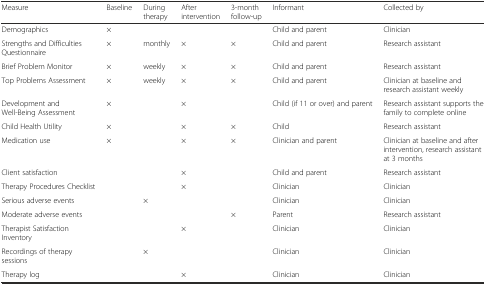
<table><thead><tr><td><b>Measure</b></td><td><b>Baseline</b></td><td><b>During therapy</b></td><td><b>After intervention</b></td><td><b>3-month follow-up</b></td><td><b>Informant</b></td><td><b>Collected by</b></td></tr></thead><tbody><tr><td>Demographics</td><td>×</td><td></td><td></td><td></td><td>Child and parent</td><td>Clinician</td></tr><tr><td>Strengths and Difficulties Questionnaire</td><td>×</td><td>monthly</td><td>×</td><td>×</td><td>Child and parent</td><td>Research assistant</td></tr><tr><td>Brief Problem Monitor</td><td>×</td><td>weekly</td><td>×</td><td>×</td><td>Child and parent</td><td>Research assistant</td></tr><tr><td>Top Problems Assessment</td><td>×</td><td>weekly</td><td>×</td><td>×</td><td>Child and parent</td><td>Clinician at baseline and research assistant weekly</td></tr><tr><td>Development and Well-Being Assessment</td><td>×</td><td></td><td>×</td><td></td><td>Child (if 11 or over) and parent</td><td>Research assistant supports the family to complete online</td></tr><tr><td>Child Health Utility</td><td>×</td><td></td><td>×</td><td>×</td><td>Child</td><td>Research assistant</td></tr><tr><td>Medication use</td><td>×</td><td></td><td>×</td><td>×</td><td>Clinician and parent</td><td>Clinician at baseline and after intervention, research assistant at 3 months</td></tr><tr><td>Client satisfaction</td><td></td><td></td><td>×</td><td></td><td>Child and parent</td><td>Research assistant</td></tr><tr><td>Therapy Procedures Checklist</td><td></td><td></td><td>×</td><td></td><td>Clinician</td><td>Clinician</td></tr><tr><td>Serious adverse events</td><td></td><td>×</td><td></td><td></td><td>Clinician</td><td>Clinician</td></tr><tr><td>Moderate adverse events</td><td></td><td></td><td></td><td>×</td><td>Parent</td><td>Research assistant</td></tr><tr><td>Therapist Satisfaction Inventory</td><td></td><td></td><td>×</td><td></td><td>Clinician</td><td>Clinician</td></tr><tr><td>Recordings of therapy sessions</td><td></td><td>×</td><td></td><td></td><td>Clinician</td><td>Clinician</td></tr><tr><td>Therapy log</td><td></td><td></td><td>×</td><td></td><td>Clinician</td><td>Clinician</td></tr></tbody></table>